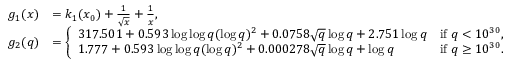
\begin{array} { r l } { g _ { 1 } ( x ) } & { = k _ { 1 } ( x _ { 0 } ) + \frac { 1 } { \sqrt { x } } + \frac { 1 } { x } , } \\ { g _ { 2 } ( q ) } & { = \left\{ \begin{array} { l l } { 3 1 7 . 5 0 1 + 0 . 5 9 3 \log \log { q } ( \log { q } ) ^ { 2 } + 0 . 0 7 5 8 \sqrt { q } \log { q } + 2 . 7 5 1 \log { q } } & { \mathrm { i f ~ } q < 1 0 ^ { 3 0 } , } \\ { 1 . 7 7 7 + 0 . 5 9 3 \log \log { q } ( \log { q } ) ^ { 2 } + 0 . 0 0 0 2 7 8 \sqrt { q } \log { q } + \log { q } } & { \mathrm { i f ~ } q \geq 1 0 ^ { 3 0 } . } \end{array} \right. } \end{array}